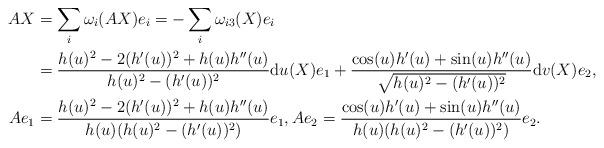
LaTeX: \begin{align*}AX &=\sum_i \omega_i(AX)e_i =-\sum_i\omega_{i3}(X)e_i \\&=\frac{h(u)^2-2(h'(u))^2+h(u)h''(u)}{h(u)^2-(h'(u))^2}\mathrm{d}u(X)e_1 +\frac{\cos(u)h'(u)+\sin(u)h''(u)}{\sqrt{ h(u)^2-(h'(u))^2 }} \mathrm{d}v(X)e_2, \\Ae_1 &= \frac{h(u)^2-2(h'(u))^2+h(u)h''(u)}{h(u)(h(u)^2-(h'(u))^2)}e_1, Ae_2 = \frac{\cos(u)h'(u)+\sin(u)h''(u)}{ h(u)(h(u)^2-(h'(u))^2) } e_2.\end{align*}